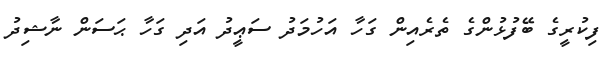
ފިކުރީގެ ބޭފުޅުންގެ ތެރެއިން ގަހާ އަހުމަދު ސަޢީދު އަދި ގަހާ ޙަސަން ނާޝިދު